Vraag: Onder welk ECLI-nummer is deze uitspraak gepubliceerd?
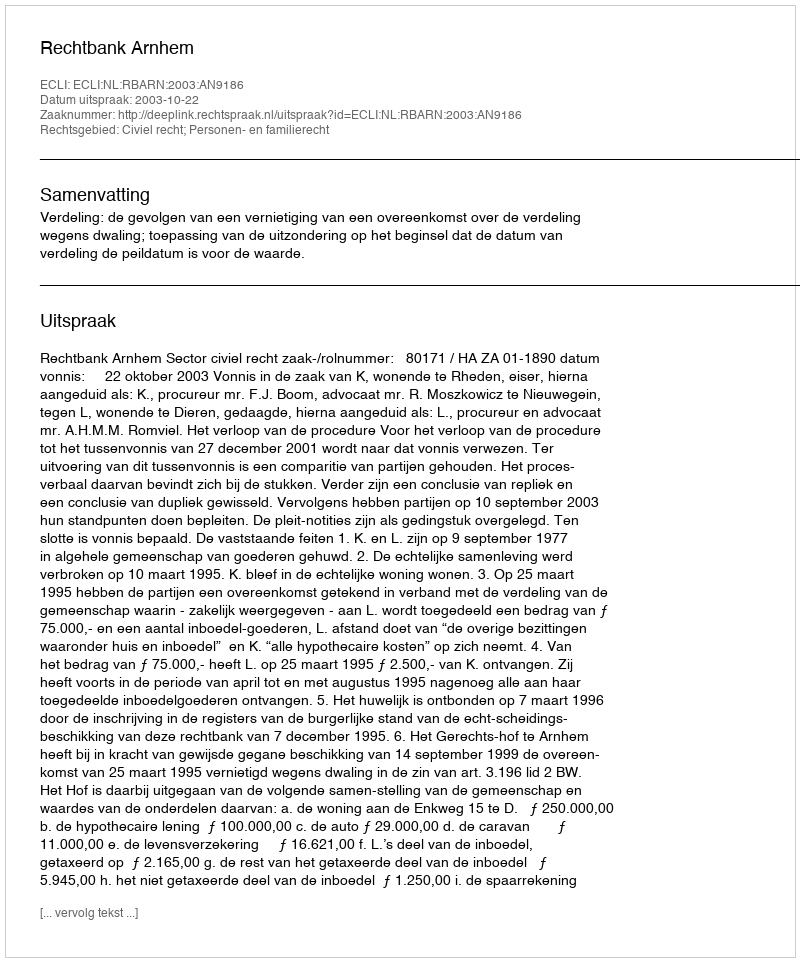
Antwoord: ECLI:NL:RBARN:2003:AN9186